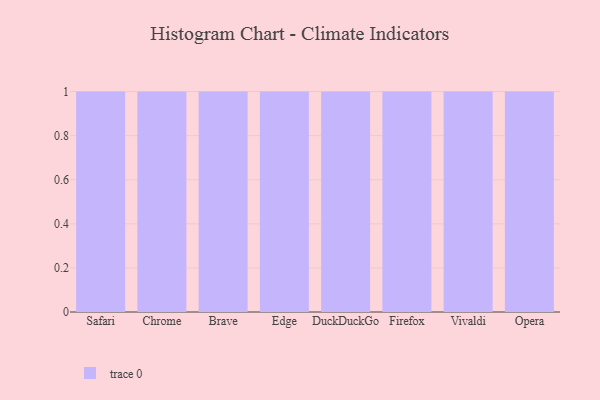
{"axis": {"x": "Browser", "y": "Inventory Turnover"}, "legend": [""], "data": [{"x": "Safari", "y": 80, "type": ""}, {"x": "Chrome", "y": 41, "type": ""}, {"x": "Brave", "y": 78, "type": ""}, {"x": "Edge", "y": 53, "type": ""}, {"x": "DuckDuckGo", "y": 91, "type": ""}, {"x": "Firefox", "y": 16, "type": ""}, {"x": "Vivaldi", "y": 86, "type": ""}, {"x": "Opera", "y": 35, "type": ""}]}